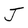
Character: J